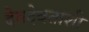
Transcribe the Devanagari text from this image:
देवदेवतांशी